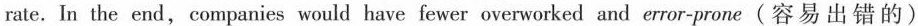
rate. In the end,companies would have fewer overworked and error-prone (容易出错的)